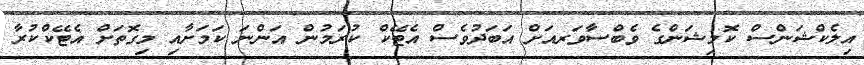
އިލެކްޝަންސް ކޮމިޝަންގެ ވެބްސާވަރއަށް އަބަދުވެސް އެޓޭކް ކުރަމުން އަންނަ ކަމަށާއި މިގޮތަށް އެޓޭކްކުރާ